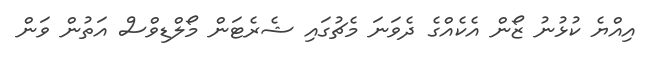
އިއްޔެ ކުޅުނު ޒޯން އެކެއްގެ ދެވަނަ މެޗުގައި ޝެރެޓަން މޯލްޑިވްސް އަތުން ވަން